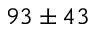
9 3 \pm 4 3